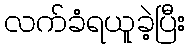
လက်ခံရယူခဲ့ပြီး